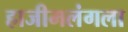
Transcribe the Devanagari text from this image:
हाजीमलंगला